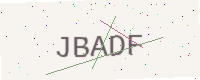
Text: JBADF